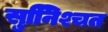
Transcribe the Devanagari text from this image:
सुनििश्चत